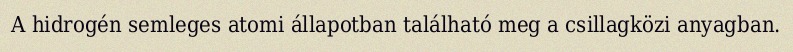
A hidrogén semleges atomi állapotban található meg a csillagközi anyagban.